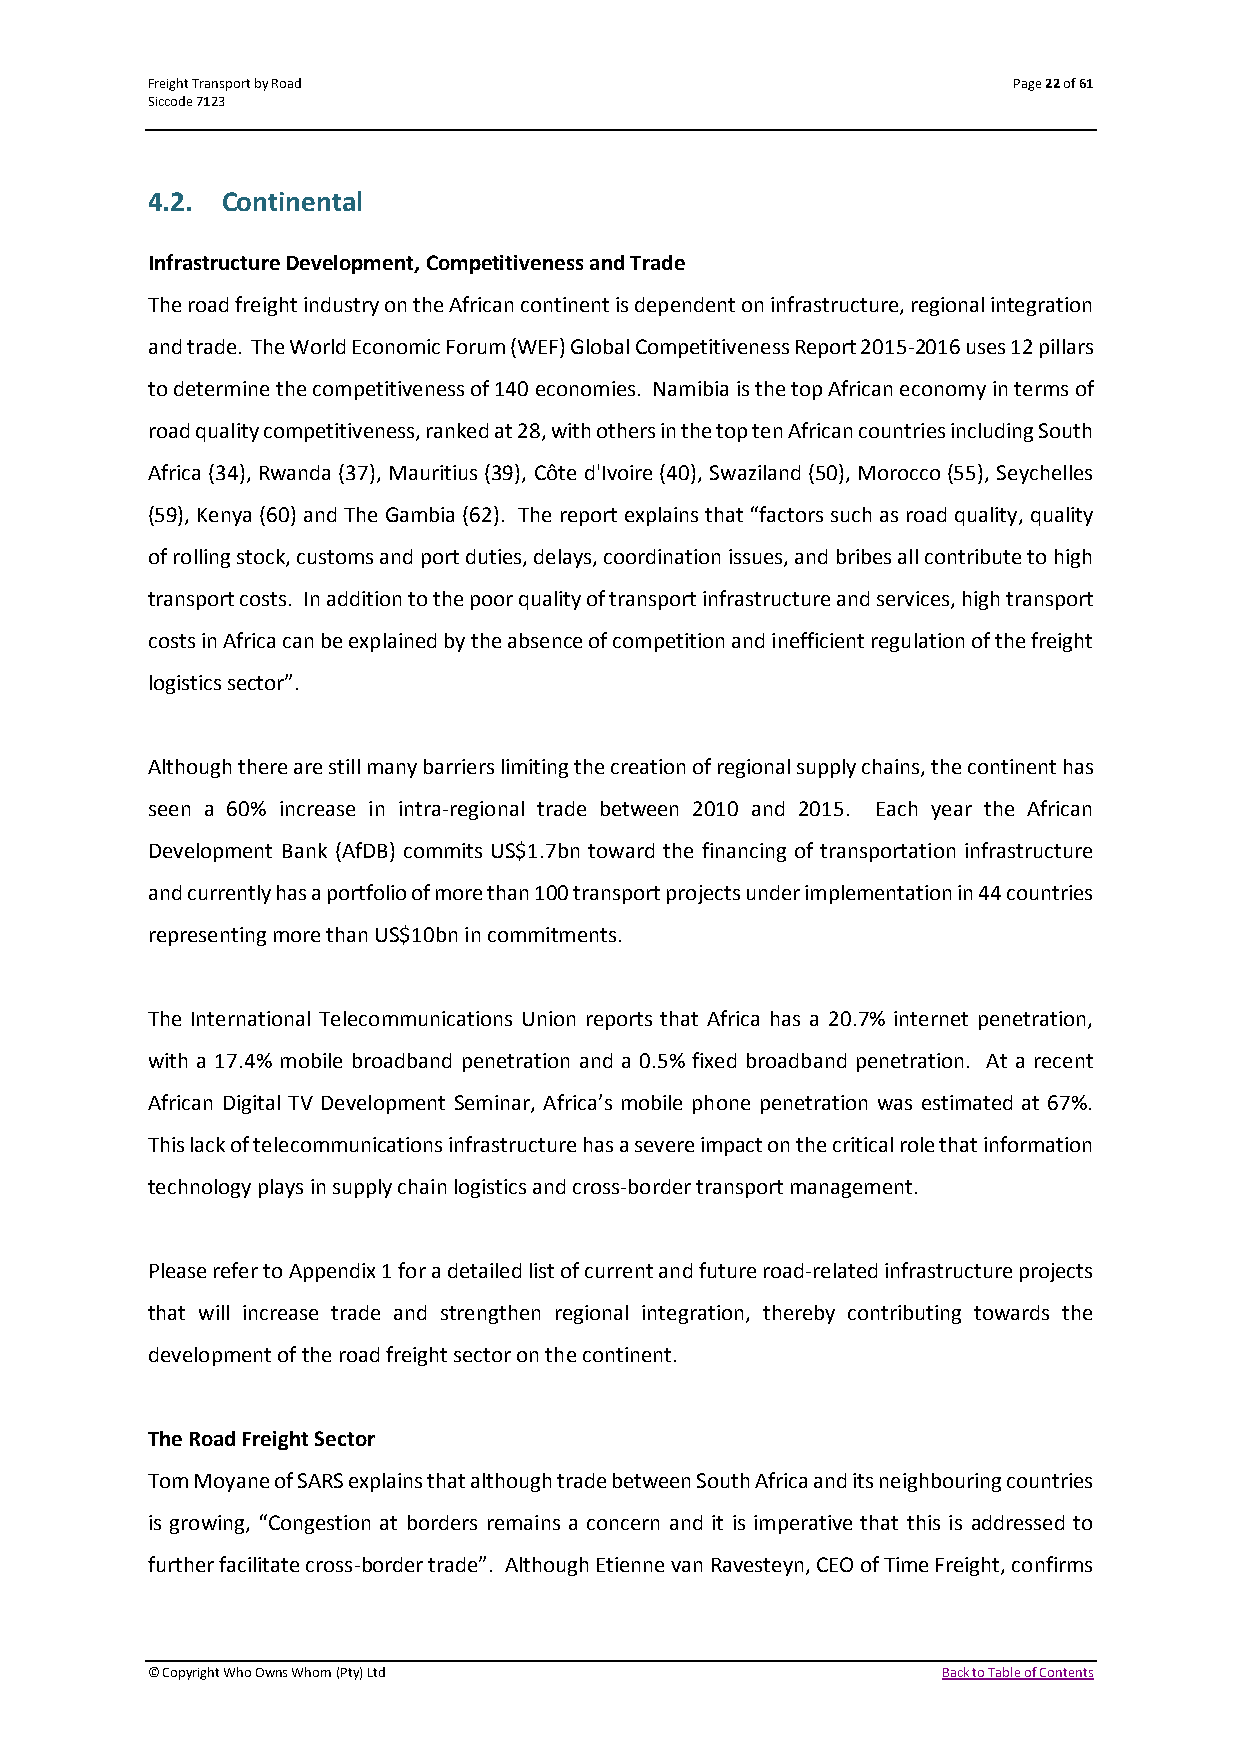
Freight Transport by Road                                Page 22 of 61
 Siccode 7123
 4.2. Continental
 Infrastructure Development, Competitiveness and Trade
 The road freight industry on the African continent is dependent on infrastructure, regional integration
 and trade. The World Economic Forum (WEF) Global Competitiveness Report 2015-2016 uses 12 pillars
 to determine the competitiveness of 140 economies. Namibia is the top African economy in terms of
 road quality competitiveness, ranked at 28, with others in the top ten African countries including South
 Africa (34), Rwanda (37), Mauritius (39), Côte d'Ivoire (40), Swaziland (50), Morocco (55), Seychelles
 (59), Kenya (60) and The Gambia (62). The report explains that “factors such as road quality, quality
 of rolling stock, customs and port duties, delays, coordination issues, and bribes all contribute to high
 transport costs. In addition to the poor quality of transport infrastructure and services, high transport
 costs in Africa can be explained by the absence of competition and inefficient regulation of the freight
 logistics sector”.
 Although there are still many barriers limiting the creation of regional supply chains, the continent has
 seen a 60% increase in intra-regional trade between 2010 and 2015. Each year the African
 Development Bank (AfDB) commits US$1.7bn toward the financing of transportation infrastructure
 and currently has a portfolio of more than 100 transport projects under implementation in 44 countries
 representing more than US$10bn in commitments.
 The International Telecommunications Union reports that Africa has a 20.7% internet penetration,
 with a 17.4% mobile broadband penetration and a 0.5% fixed broadband penetration. At a recent
 African Digital TV Development Seminar, Africa’s mobile phone penetration was estimated at 67%.
 This lack of telecommunications infrastructure has a severe impact on the critical role that information
 technology plays in supply chain logistics and cross-border transport management.
 Please refer to Appendix 1 for a detailed list of current and future road-related infrastructure projects
 that will increase trade and strengthen regional integration, thereby contributing towards the
 development of the road freight sector on the continent.
 The Road Freight Sector
 Tom Moyane of SARS explains that although trade between South Africa and its neighbouring countries
 is growing, “Congestion at borders remains a concern and it is imperative that this is addressed to
 further facilitate cross-border trade”. Although Etienne van Ravesteyn, CEO of Time Freight, confirms
 © Copyright Who Owns Whom (Pty) Ltd                 Back to Table of Contents